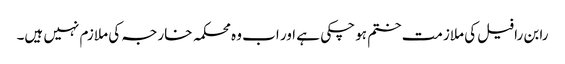
رابن رافیل کی ملازمت ختم ہو چکی ہے اور اب وہ محکمہ خارجہ کی ملازم نہیں ہیں۔